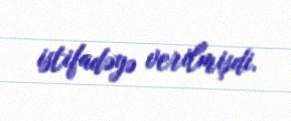
istifadəyə verilmişdi.